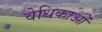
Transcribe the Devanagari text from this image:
वेधिकाओं